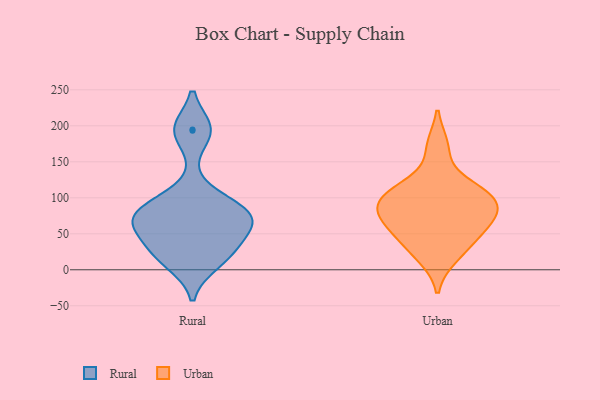
{"axis": {"x": "Budget (USD K)", "y": "Value"}, "legend": ["Rural", "Urban"], "data": [{"x": "", "y": 193, "type": "Rural"}, {"x": "", "y": 65, "type": "Rural"}, {"x": "", "y": 77, "type": "Rural"}, {"x": "", "y": 22, "type": "Rural"}, {"x": "", "y": 195, "type": "Rural"}, {"x": "", "y": 73, "type": "Rural"}, {"x": "", "y": 45, "type": "Rural"}, {"x": "", "y": 100, "type": "Rural"}, {"x": "", "y": 25, "type": "Rural"}, {"x": "", "y": 69, "type": "Rural"}, {"x": "", "y": 10, "type": "Rural"}, {"x": "", "y": 80, "type": "Rural"}, {"x": "", "y": 18, "type": "Urban"}, {"x": "", "y": 78, "type": "Urban"}, {"x": "", "y": 51, "type": "Urban"}, {"x": "", "y": 71, "type": "Urban"}, {"x": "", "y": 171, "type": "Urban"}, {"x": "", "y": 112, "type": "Urban"}, {"x": "", "y": 37, "type": "Urban"}, {"x": "", "y": 97, "type": "Urban"}, {"x": "", "y": 72, "type": "Urban"}, {"x": "", "y": 110, "type": "Urban"}, {"x": "", "y": 99, "type": "Urban"}]}